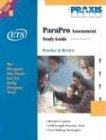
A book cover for ParaPro Assessment Study Guide, Test Codes 0755 and 1755 (The Praxis Series) (Praxis Study Guides); Educational Testing Service; Test Preparation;